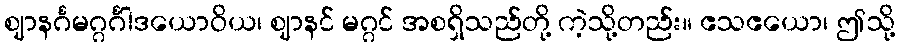
ဈာနင်္ဂမဂ္ဂင်္ဂါဒယောဝိယ၊ ဈာနင် မဂ္ဂင် အစရှိသည်တို့ ကဲ့သို့တည်း။ ဧသဧယော၊ ဤသို့